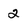
Character: 2